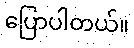
ပြောပါတယ်။